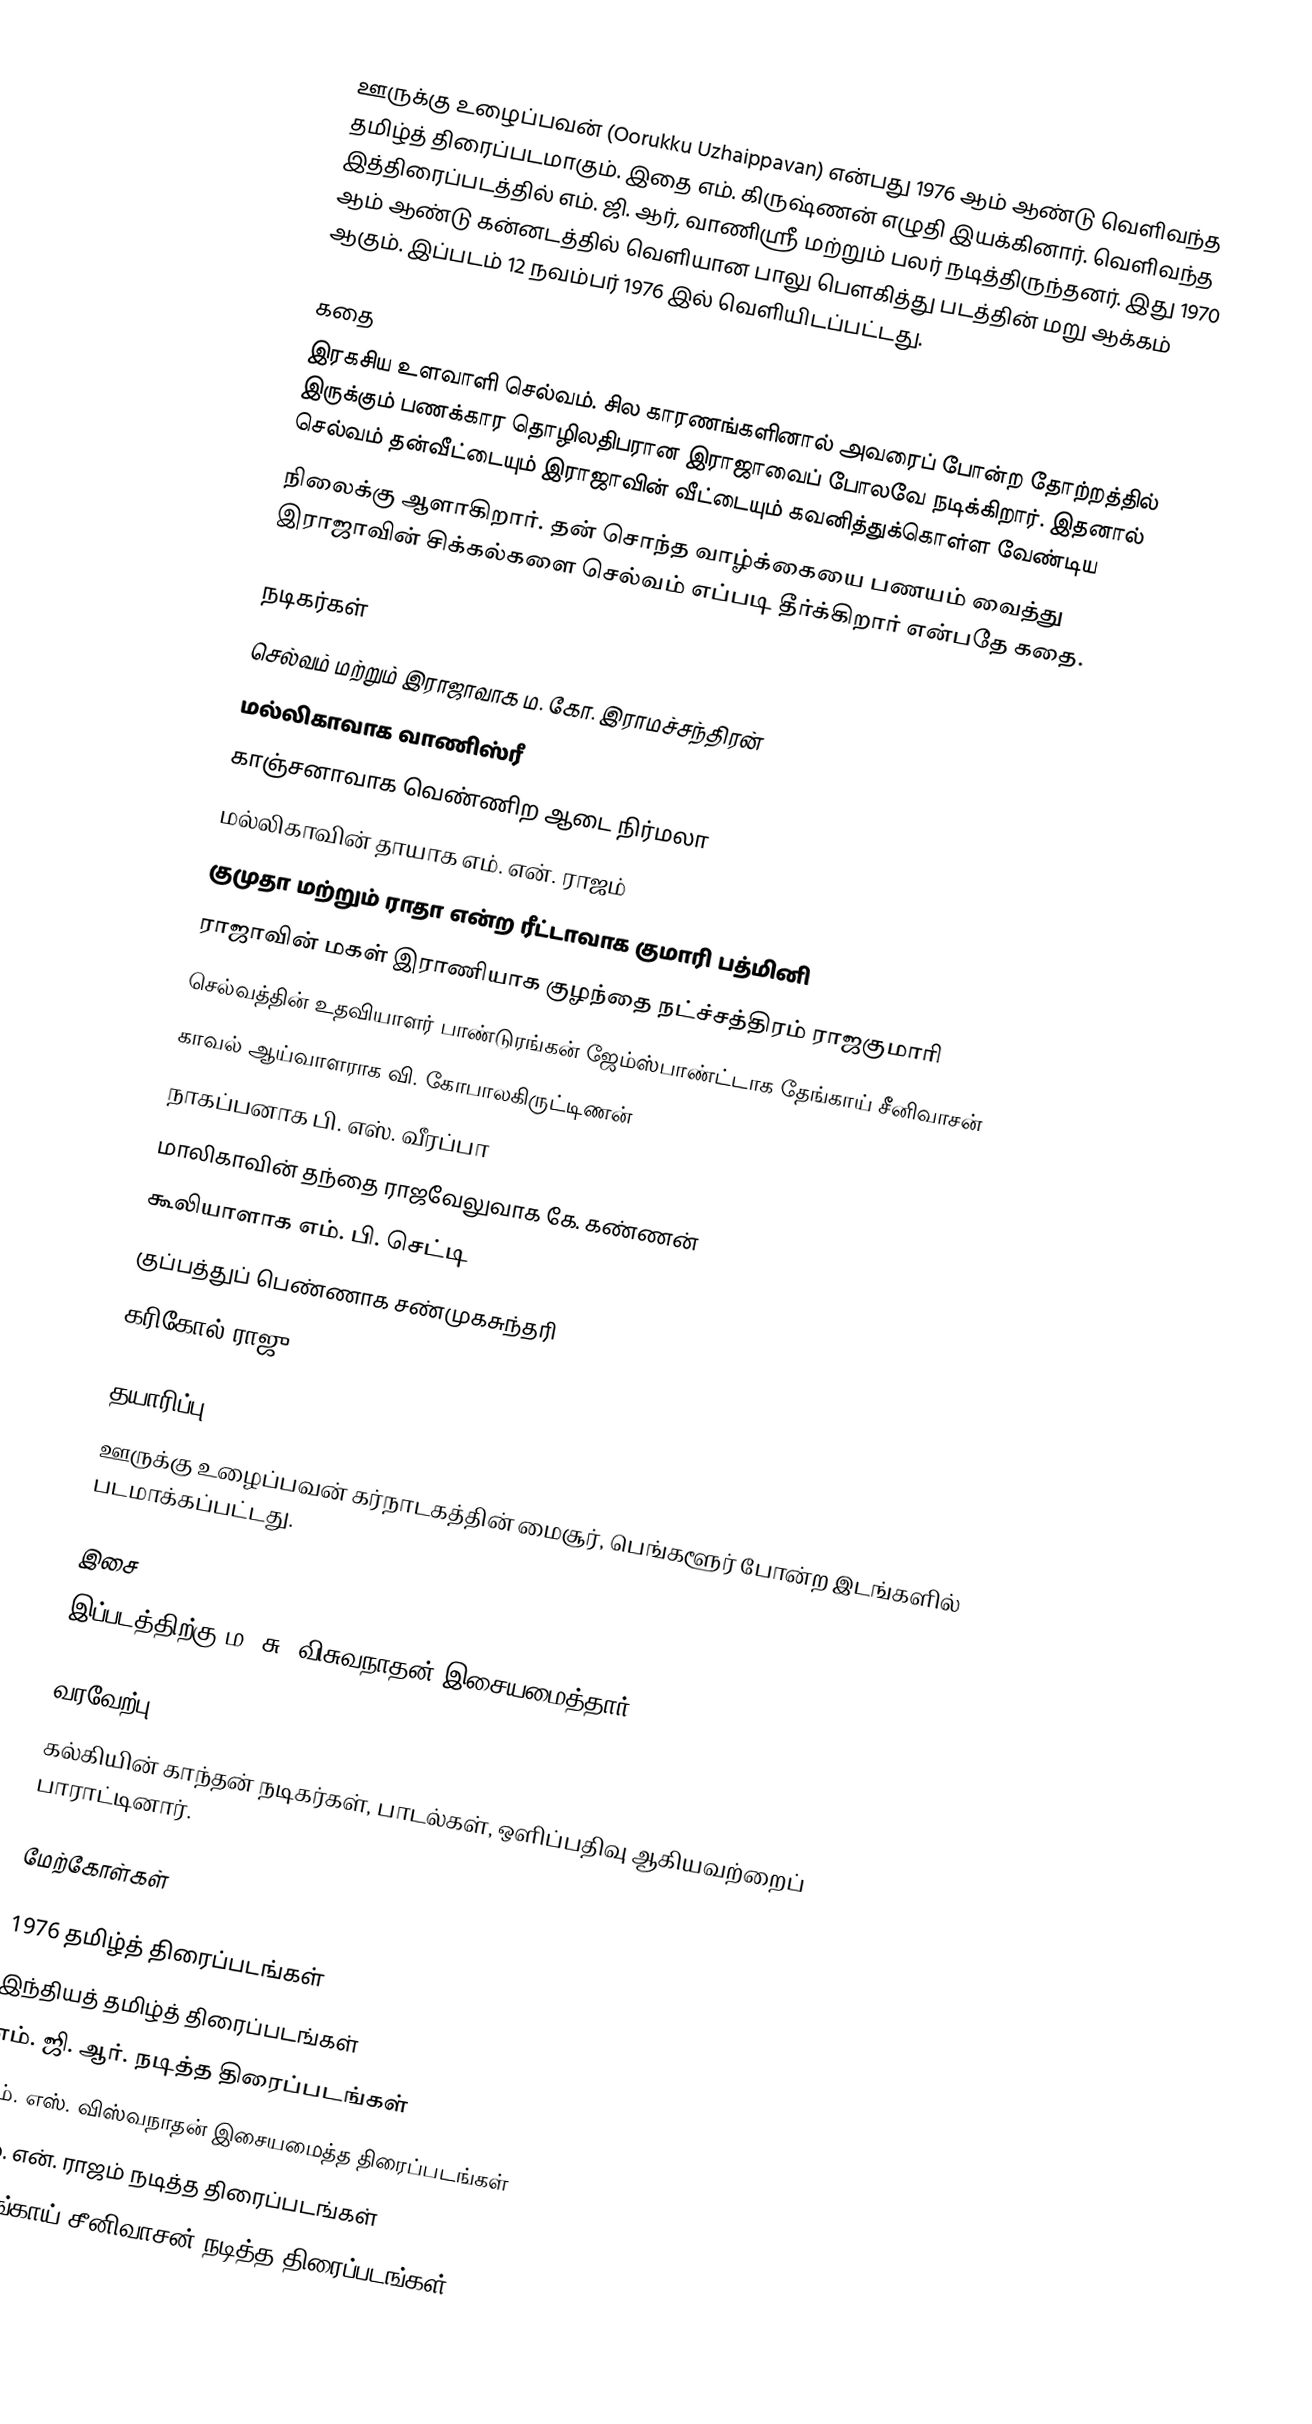
ஊருக்கு உழைப்பவன் (Oorukku Uzhaippavan) என்பது  1976 ஆம் ஆண்டு வெளிவந்த தமிழ்த் திரைப்படமாகும். இதை எம். கிருஷ்ணன் எழுதி இயக்கினார். வெளிவந்த இத்திரைப்படத்தில் எம். ஜி. ஆர், வாணிஸ்ரீ மற்றும் பலர் நடித்திருந்தனர். இது 1970 ஆம் ஆண்டு கன்னடத்தில் வெளியான பாலு பெளகித்து படத்தின் மறு ஆக்கம் ஆகும்.  இப்படம் 12 நவம்பர் 1976 இல் வெளியிடப்பட்டது.

கதை
இரகசிய உளவாளி செல்வம். சில காரணங்களினால் அவரைப் போன்ற தோற்றத்தில் இருக்கும் பணக்கார தொழிலதிபரான இராஜாவைப் போலவே நடிக்கிறார். இதனால் செல்வம் தன்வீட்டையும் இராஜாவின் வீட்டையும் கவனித்துக்கொள்ள வேண்டிய
நிலைக்கு ஆளாகிறார். தன் சொந்த வாழ்க்கையை பணயம் வைத்து இராஜாவின் சிக்கல்களை செல்வம் எப்படி தீர்க்கிறார் என்பதே கதை.

நடிகர்கள்
 செல்வம் மற்றும் இராஜாவாக ம. கோ. இராமச்சந்திரன்
 மல்லிகாவாக வாணிஸ்ரீ
 காஞ்சனாவாக வெண்ணிற ஆடை நிர்மலா
 மல்லிகாவின் தாயாக எம். என். ராஜம்
 குமுதா மற்றும் ராதா என்ற ரீட்டாவாக குமாரி பத்மினி
 ராஜாவின் மகள் இராணியாக குழந்தை நட்ச்சத்திரம் ராஜகுமாரி
 செல்வத்தின் உதவியாளர் பாண்டுரங்கன் ஜேம்ஸ்பாண்ட்டாக  தேங்காய் சீனிவாசன்
 காவல் ஆய்வாளராக வி. கோபாலகிருட்டிணன்
 நாகப்பனாக பி. எஸ். வீரப்பா
 மாலிகாவின் தந்தை ராஜவேலுவாக கே. கண்ணன்
 கூலியாளாக எம். பி. செட்டி
 குப்பத்துப் பெண்ணாக சண்முகசுந்தரி
 கரிகோல் ராஜு

தயாரிப்பு
ஊருக்கு உழைப்பவன் கர்நாடகத்தின் மைசூர், பெங்களூர் போன்ற இடங்களில் படமாக்கப்பட்டது.

இசை
இப்படத்திற்கு ம. சு. விசுவநாதன் இசையமைத்தார்.

வரவேற்பு =
கல்கியின் காந்தன் நடிகர்கள், பாடல்கள், ஒளிப்பதிவு ஆகியவற்றைப் பாராட்டினார்.

மேற்கோள்கள்

1976 தமிழ்த் திரைப்படங்கள்
இந்தியத் தமிழ்த் திரைப்படங்கள்
எம். ஜி. ஆர். நடித்த திரைப்படங்கள்
எம். எஸ். விஸ்வநாதன் இசையமைத்த திரைப்படங்கள்
எம். என். ராஜம் நடித்த திரைப்படங்கள்
தேங்காய் சீனிவாசன் நடித்த திரைப்படங்கள்